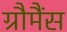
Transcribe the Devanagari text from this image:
ग्रौमैंस